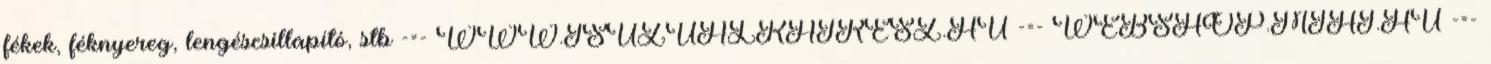
fékek, féknyereg, lengéscsillapító, stb -=- WWW.ISUZUALKATRESZ.HU -=- WEBSHOP.MIHI.HU -=-